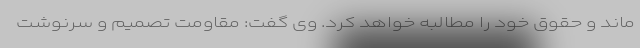
ماند و حقوق خود را مطالبه خواهد کرد. وی گفت: مقاومت تصمیم و سرنوشت